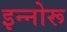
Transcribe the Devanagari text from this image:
इन्नोरू